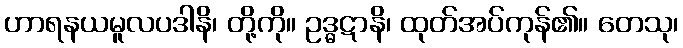
ဟာရနယမူလပဒါနိ၊ တို့ကို။ ဥဒ္ဓဋာနိ၊ ထုတ်အပ်ကုန်၏။ တေသု၊